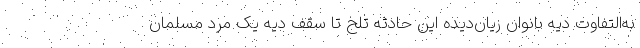
به‌التفاوت دیه بانوان زیان‌دیده این حادثه تلخ تا سقف دیه یک مرد مسلمان